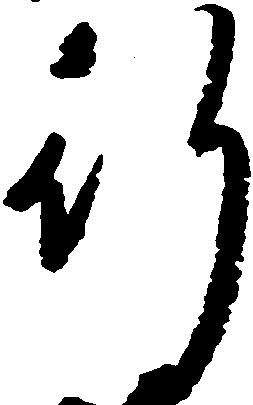
行